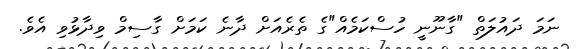
ނަމަ ދައުލަތް "ގާނޫނީ ހުސްކަމެއް"ގެ ތެރެއަށް ދާނެ ކަމަށް ގާސިމް ވިދާޅުވި އެވެ.